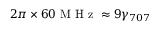
2 \pi \times 6 0 \mathrm { ~ M ~ H ~ z ~ } \approx 9 \gamma _ { 7 0 7 }